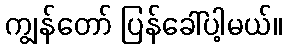
ကျွန်တော် ပြန်ခေါ်ပါ့မယ်။